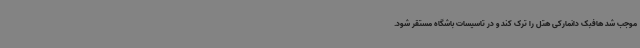
موجب شد هافبک دانمارکی هتل را ترک کند و در تاسیسات باشگاه مستقر شود.